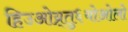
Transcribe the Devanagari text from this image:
हिउओय्र्तु६योओलो